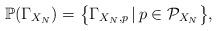
LaTeX: \begin{align*}\mathbb{P}(\Gamma_{X_{N}})= \big\lbrace\Gamma_{X_{N},p}\,|\,p\in \mathcal{P}_{X_{N}}\big\rbrace,\end{align*}